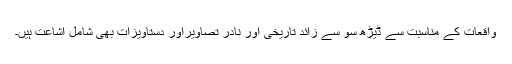
واقعات کے مناسبت سے ڈیڑھ سو سے زائد تاریخی اور نادر تصاویراور دستاویزات بھی شاملِ اشاعت ہیں۔